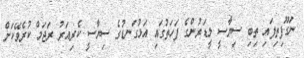
ނަގޫފިތިފައި ތިބި ސިޔާސީ ލީޑަރުންގެ ފަހަތުގައި އަޅުގަނޑުގެ ސިޔާސީ ކެރިއަރު ރަޖަމް ކުރެވޭކަށް